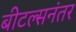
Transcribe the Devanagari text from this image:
बीटल्सनंतर